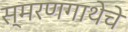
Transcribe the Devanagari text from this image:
स्मरणगाथेचे